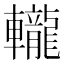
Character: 𨏠